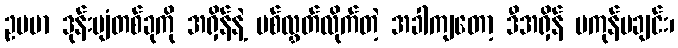
ဥပမာ ဒုန်းပျံတစ်ခုကို အရှိန်နဲ့ ပစ်လွှတ်လိုက်တဲ့ အခါကျတော့ ဒီအရှိန် မကုန်မချင်း၊